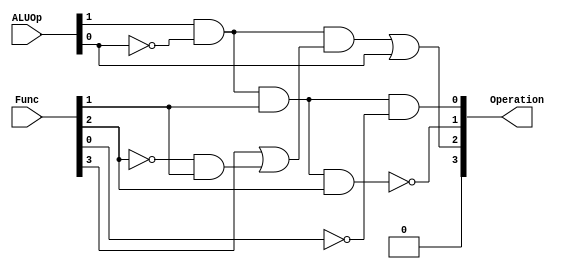
module ALU_CU(ALUOp, Func, Operation);
  
  input [1:0] ALUOp;
  input [3:0] Func;
  output [3:0] Operation;
  
  wire w1, w2, w3, w4, ALUOp0_inv, Func0_inv, Func2_inv;
  
  not G0(ALUOp0_inv, ALUOp[0]);
  not G1(Func0_inv, Func[0]);
  not G2(Func2_inv, Func[2]);
  
  and G3(Operation[0], ALUOp[1], ALUOp0_inv, Func[1], Func0_inv);
  
  and G4(w1, ALUOp[1], ALUOp0_inv, Func[1], Func[2]);
  not G5(Operation[1], w1);
  
  and G6(w2, Func2_inv, Func[1]);
  or G7(w3, Func[3], w2);
  and G8(w4, ALUOp[1], ALUOp0_inv, w3);
  or G9(Operation[2], w4, ALUOp[0]);
  
  assign Operation[3] = 0;  
    
endmodule